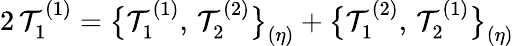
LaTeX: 2\, \mathcal{T}_{1}^{(1)}=\bigl\{ \mathcal{T}_{1}^{(1)},\, \mathcal{T}_{2}^{(2)}\bigr\} _{(\eta)}+\bigl\{ \mathcal{T}_{1}^{(2)},\, \mathcal{T}_{2}^{(1)}\bigr\} _{(\eta)}